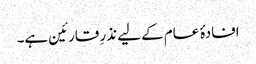
افادۂ عام کے لیے نذرِ قارئین ہے۔